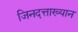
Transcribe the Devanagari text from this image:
जिनदत्ताख्यान